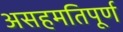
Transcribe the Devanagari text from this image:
असहमतिपूर्ण